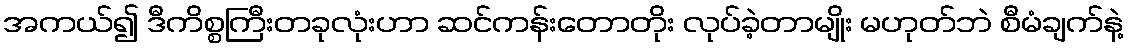
အကယ်၍ ဒီကိစ္စကြီးတခုလုံးဟာ ဆင်ကန်းတောတိုး လုပ်ခဲ့တာမျိုး မဟုတ်ဘဲ စီမံချက်နဲ့